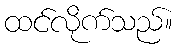
ထင်လိုက်သည်။